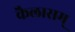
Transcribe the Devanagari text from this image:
कैलासम्‌